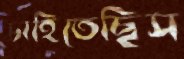
চাহিতেছিস